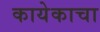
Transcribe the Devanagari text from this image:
कायेकाचा